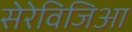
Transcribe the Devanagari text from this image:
सेरेविजिआ